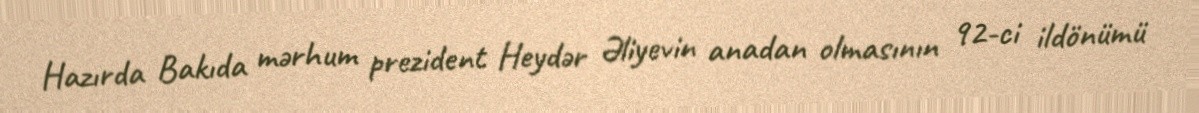
Hazırda Bakıda mərhum prezident Heydər Əliyevin anadan olmasının 92-ci ildönümü